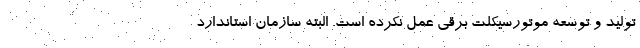
تولید و توسعه موتورسیکلت برقی عمل نکرده است. البته سازمان استاندارد